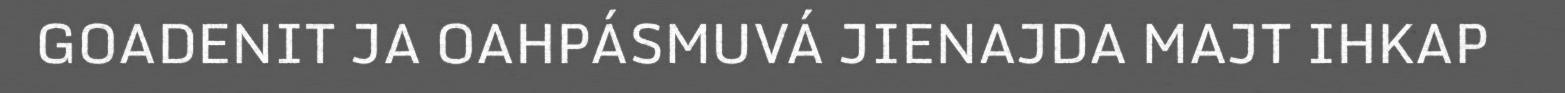
GOADENIT JA OAHPÁSMUVÁ JIENAJDA MAJT IHKAP